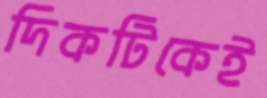
দিকটিকেই